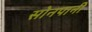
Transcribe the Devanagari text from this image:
सोनपानी